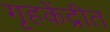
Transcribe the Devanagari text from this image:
गृहकेंद्रीत